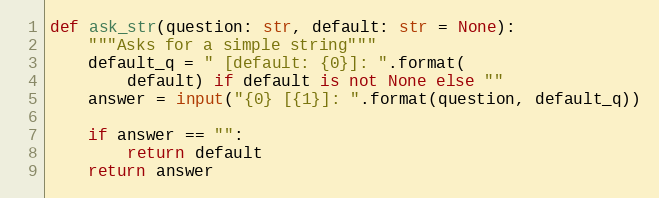
Language: Python
def ask_str(question: str, default: str = None):
    """Asks for a simple string"""
    default_q = " [default: {0}]: ".format(
        default) if default is not None else ""
    answer = input("{0} [{1}]: ".format(question, default_q))

    if answer == "":
        return default
    return answer